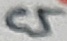
Text: C5